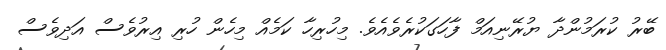
ބޭރު ކުރަމުންދާ ޔުރޭނިއަމް ފާހަގަކުރެވެއެވެ. މިހުރިހާ ކަމެއް މިހެން ހުރި އިރުވެސް އަދިވެސް